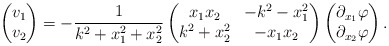
\begin{align*}\begin{pmatrix}v_1 \\v_2\end{pmatrix}=-\frac{1}{k^2+x_1^2+x_2^2}\begin{pmatrix}x_1x_2 & -k^2-x_1^2 \\k^2+x_2^2 & -x_1x_2\end{pmatrix}\begin{pmatrix}\partial_{x_1}\varphi \\\partial_{x_2}\varphi\end{pmatrix}.\end{align*}